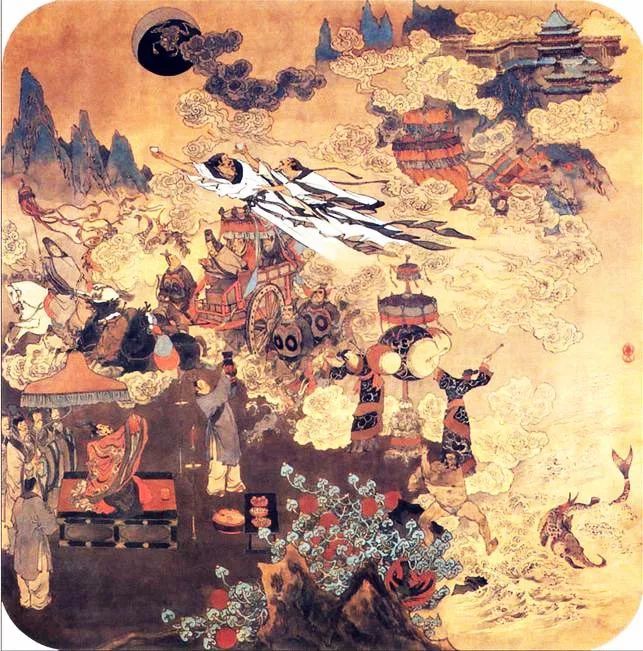
叹年光过尽，功名未立，书生老去，机会方来。